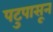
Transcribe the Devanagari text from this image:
पटुपासून